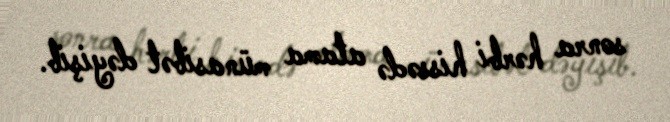
sonra hərbi hissədə atama münasibət dəyişib.